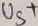
Text: U5+